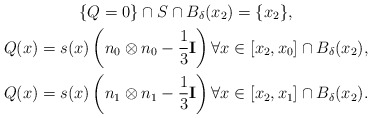
\begin{gather*}\lbrace Q=0\rbrace \cap S \cap B_\delta(x_2) = \lbrace x_2 \rbrace,\\Q(x)=s(x)\left( n_0 \otimes n_0 -\frac 13 \mathbf I \right) \forall x\in [x_2,x_0]\cap B_\delta (x_2),\\Q(x)=s(x)\left( n_1 \otimes n_1 -\frac 13 \mathbf I \right) \forall x\in [x_2,x_1]\cap B_\delta (x_2).\end{gather*}